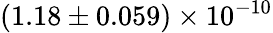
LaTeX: (1.18\pm 0.059)\times 10^{-10}